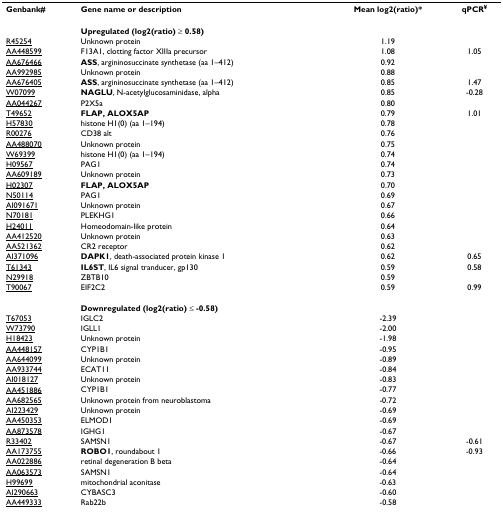
<table><thead><tr><td><b>Genbank#</b></td><td><b>Gene name or description</b></td><td><b>Mean log2(ratio)*</b></td><td><b>qPCR<sup>¥</sup></b></td></tr></thead><tbody><tr><td></td><td><b>Upregulated (log2(ratio) ≥ 0.58)</b></td><td></td><td></td></tr><tr><td>R45254</td><td>Unknown protein</td><td>1.19</td><td></td></tr><tr><td>AA448599</td><td>F13A1, clotting factor XIIIa precursor</td><td>1.08</td><td>1.05</td></tr><tr><td>AA676466</td><td><b>ASS</b>, argininosuccinate synthetase (aa 1–412)</td><td>0.92</td><td></td></tr><tr><td>AA992985</td><td>Unknown protein</td><td>0.88</td><td></td></tr><tr><td>AA676405</td><td><b>ASS</b>, argininosuccinate synthetase (aa 1–412)</td><td>0.85</td><td>1.47</td></tr><tr><td>W07099</td><td><b>NAGLU</b>, N-acetylglucosaminidase, alpha</td><td>0.85</td><td>-0.28</td></tr><tr><td>AA044267</td><td>P2X5a</td><td>0.80</td><td></td></tr><tr><td>T49652</td><td><b>FLAP, ALOX5AP</b></td><td>0.79</td><td>1.01</td></tr><tr><td>H57830</td><td>histone H1(0) (aa 1–194)</td><td>0.78</td><td></td></tr><tr><td>R00276</td><td>CD38 alt</td><td>0.76</td><td></td></tr><tr><td>AA488070</td><td>Unknown protein</td><td>0.75</td><td></td></tr><tr><td>W69399</td><td>histone H1(0) (aa 1–194)</td><td>0.74</td><td></td></tr><tr><td>H09567</td><td>PAG1</td><td>0.74</td><td></td></tr><tr><td>AA609189</td><td>Unknown protein</td><td>0.73</td><td></td></tr><tr><td>H02307</td><td><b>FLAP, ALOX5AP</b></td><td>0.70</td><td></td></tr><tr><td>N50114</td><td>PAG1</td><td>0.69</td><td></td></tr><tr><td>AI091671</td><td>Unknown protein</td><td>0.67</td><td></td></tr><tr><td>N70181</td><td>PLEKHG1</td><td>0.66</td><td></td></tr><tr><td>H24011</td><td>Homeodomain-like protein</td><td>0.64</td><td></td></tr><tr><td>AA412520</td><td>Unknown protein</td><td>0.63</td><td></td></tr><tr><td>AA521362</td><td>CR2 receptor</td><td>0.62</td><td></td></tr><tr><td>AI371096</td><td><b>DAPK1</b>, death-associated protein kinase 1</td><td>0.62</td><td>0.65</td></tr><tr><td>T61343</td><td><b>IL6ST</b>, IL6 signal tranducer, gp130</td><td>0.59</td><td>0.58</td></tr><tr><td>N29918</td><td>ZBTB10</td><td>0.59</td><td></td></tr><tr><td>T90067</td><td>EIF2C2</td><td>0.59</td><td>0.99</td></tr><tr><td></td><td><b>Downregulated (log2(ratio) ≤ -0.58)</b></td><td></td><td></td></tr><tr><td>T67053</td><td>IGLC2</td><td>-2.39</td><td></td></tr><tr><td>W73790</td><td>IGLL1</td><td>-2.00</td><td></td></tr><tr><td>H18423</td><td>Unknown protein</td><td>-1.98</td><td></td></tr><tr><td>AA448157</td><td>CYP1B1</td><td>-0.95</td><td></td></tr><tr><td>AA644099</td><td>Unknown protein</td><td>-0.89</td><td></td></tr><tr><td>AA933744</td><td>ECAT11</td><td>-0.84</td><td></td></tr><tr><td>AI018127</td><td>Unknown protein</td><td>-0.83</td><td></td></tr><tr><td>AA451886</td><td>CYP1B1</td><td>-0.77</td><td></td></tr><tr><td>AA682565</td><td>Unknown protein from neuroblastoma</td><td>-0.72</td><td></td></tr><tr><td>AI223429</td><td>Unknown protein</td><td>-0.69</td><td></td></tr><tr><td>AA450353</td><td>ELMOD1</td><td>-0.69</td><td></td></tr><tr><td>AA873578</td><td>IGHG1</td><td>-0.67</td><td></td></tr><tr><td>R33402</td><td>SAMSN1</td><td>-0.67</td><td>-0.61</td></tr><tr><td>AA173755</td><td><b>ROBO1</b>, roundabout 1</td><td>-0.66</td><td>-0.93</td></tr><tr><td>AA022886</td><td>retinal degeneration B beta</td><td>-0.64</td><td></td></tr><tr><td>AA063573</td><td>SAMSN1</td><td>-0.64</td><td></td></tr><tr><td>H99699</td><td>mitochondrial aconitase</td><td>-0.63</td><td></td></tr><tr><td>AI290663</td><td>CYBASC3</td><td>-0.60</td><td></td></tr><tr><td>AA449333</td><td>Rab22b</td><td>-0.58</td><td></td></tr></tbody></table>